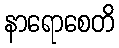
နာရောစေတိ